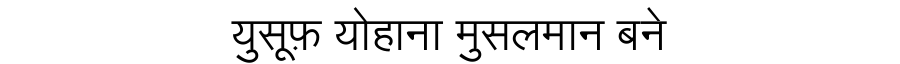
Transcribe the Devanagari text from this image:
युसूफ़ योहाना मुसलमान बने